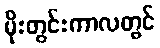
မိုးတွင်းကာလတွင်